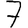
Digit: 7